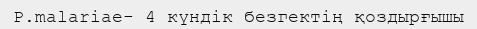
P.malariae- 4 күндік безгектің қоздырғышы